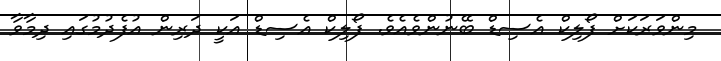
މިންވަރަކަށް ފޯލިކް އެސިޑް ބޭނުންވެއެވެ. ފޯލިކް އެސިޑް އަކީ ދަރިން އުފެދުމުގައި ދިމާވާ